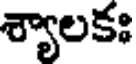
శ్యాలకః